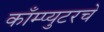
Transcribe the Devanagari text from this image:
काँम्प्युटरचे